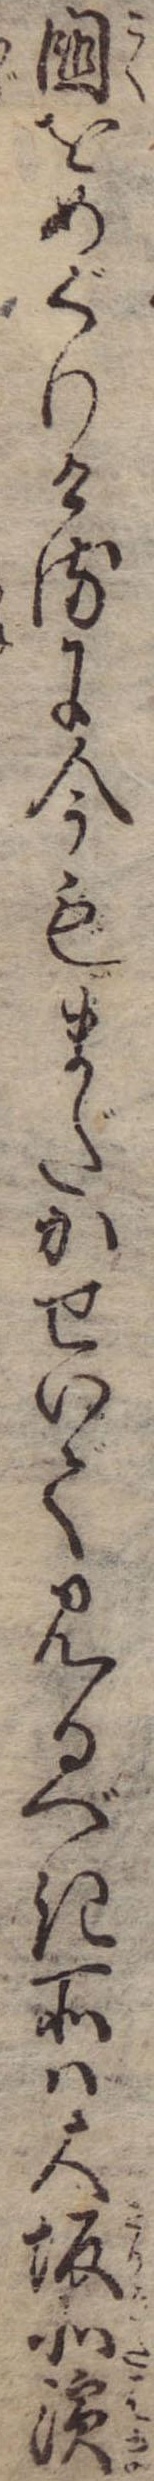
国をめぐりけるに今もまだかせいで見るべき所は大坂北浜